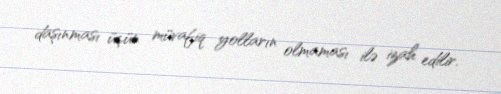
daşınması üçün müvafiq yolların olmaması ilə izah edilir.